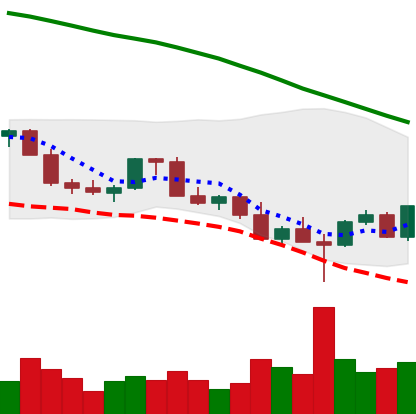
Ticker: LINK-USD
Chart end date: 2022-02-28
Forward return: -7.238%
Label: down_7plus